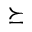
\succeq